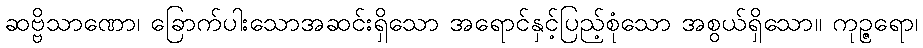
ဆဗ္ဗိသာဏော၊ ခြောက်ပါးသောအဆင်းရှိသော အရောင်နှင့်ပြည့်စုံသော အစွယ်ရှိသော။ ကုဉ္ဇရော၊